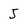
Character: J